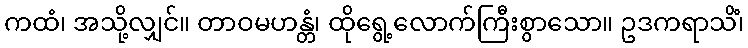
ကထံ၊ အသို့လျှင်။ တာဝမဟန္တံ၊ ထိုရွေ့လောက်ကြီးစွာသော။ ဥဒကရာသိံ၊